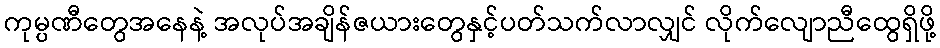
ကုမ္ပဏီတွေအနေနဲ့ အလုပ်အချိန်ဇယားတွေနှင့်ပတ်သက်လာလျှင် လိုက်လျောညီထွေရှိဖို့